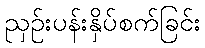
ညှဉ်းပန်းနှိပ်စက်ခြင်း